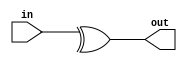
// ========== Copyright Header Begin ==========================================
// 
// OpenSPARC T1 Processor File: sparc_ifu_par32.v
// Copyright (c) 2006 Sun Microsystems, Inc.  All Rights Reserved.
// DO NOT ALTER OR REMOVE COPYRIGHT NOTICES.
// 
// The above named program is free software; you can redistribute it and/or
// modify it under the terms of the GNU General Public
// License version 2 as published by the Free Software Foundation.
// 
// The above named program is distributed in the hope that it will be 
// useful, but WITHOUT ANY WARRANTY; without even the implied warranty of
// MERCHANTABILITY or FITNESS FOR A PARTICULAR PURPOSE.  See the GNU
// General Public License for more details.
// 
// You should have received a copy of the GNU General Public
// License along with this work; if not, write to the Free Software
// Foundation, Inc., 51 Franklin St, Fifth Floor, Boston, MA 02110-1301, USA.
// 
// ========== Copyright Header End ============================================
////////////////////////////////////////////////////////////////////////
/*
//  Module Name: sparc_ifu_par32
//  Description:        
//    Generates 32b parity.  Odd number of ones => out = 1
*/

module sparc_ifu_par32 (/*AUTOARG*/
   // Outputs
   out, 
   // Inputs
   in
   );

   input [31:0] in;
   output 	out;

   assign  out = (^in[31:0]);

endmodule // sparc_ifu_par32